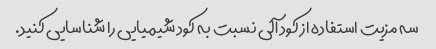
سه مزیت استفاده از کود آلی نسبت به کود شیمیایی را شناسایی کنید.